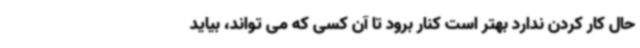
حال کار کردن ندارد بهتر است کنار برود تا آن کسی که می تواند، بیاید